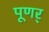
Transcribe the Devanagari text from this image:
पूणर्